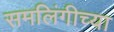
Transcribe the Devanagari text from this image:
समलिंगीच्या